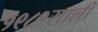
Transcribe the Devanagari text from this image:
१९८१साली